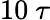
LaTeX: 10~\tau